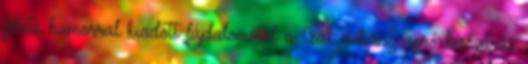
fekete humorral kiadott fájdalommal a Csak néhány apró késszúrás